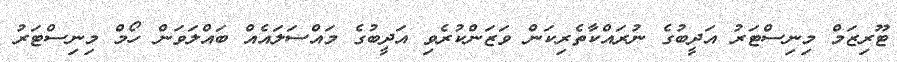
ޓޫރިޒަމް މިނިސްޓަރު އަދީބުގެ ނުރައްކާތެރިކަން ވަޒަންކުރެވި އަދީބުގެ މައްސަލައެއް ބައްލަވަން ހޯމް މިނިސްޓަރު